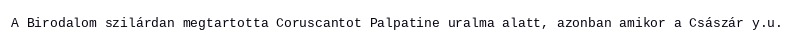
A Birodalom szilárdan megtartotta Coruscantot Palpatine uralma alatt, azonban amikor a Császár y.u.